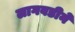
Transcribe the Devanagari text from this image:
लागवडीने